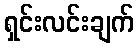
ရှင်းလင်းချက်